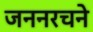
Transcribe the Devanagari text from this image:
जननरचने